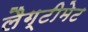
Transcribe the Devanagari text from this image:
लैग्टीमेट